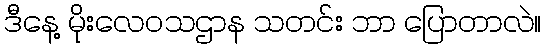
ဒီနေ့ မိုးလေဝသဌာန သတင်း ဘာ ပြောတာလဲ။